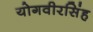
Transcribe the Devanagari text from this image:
योगवीरसिंह